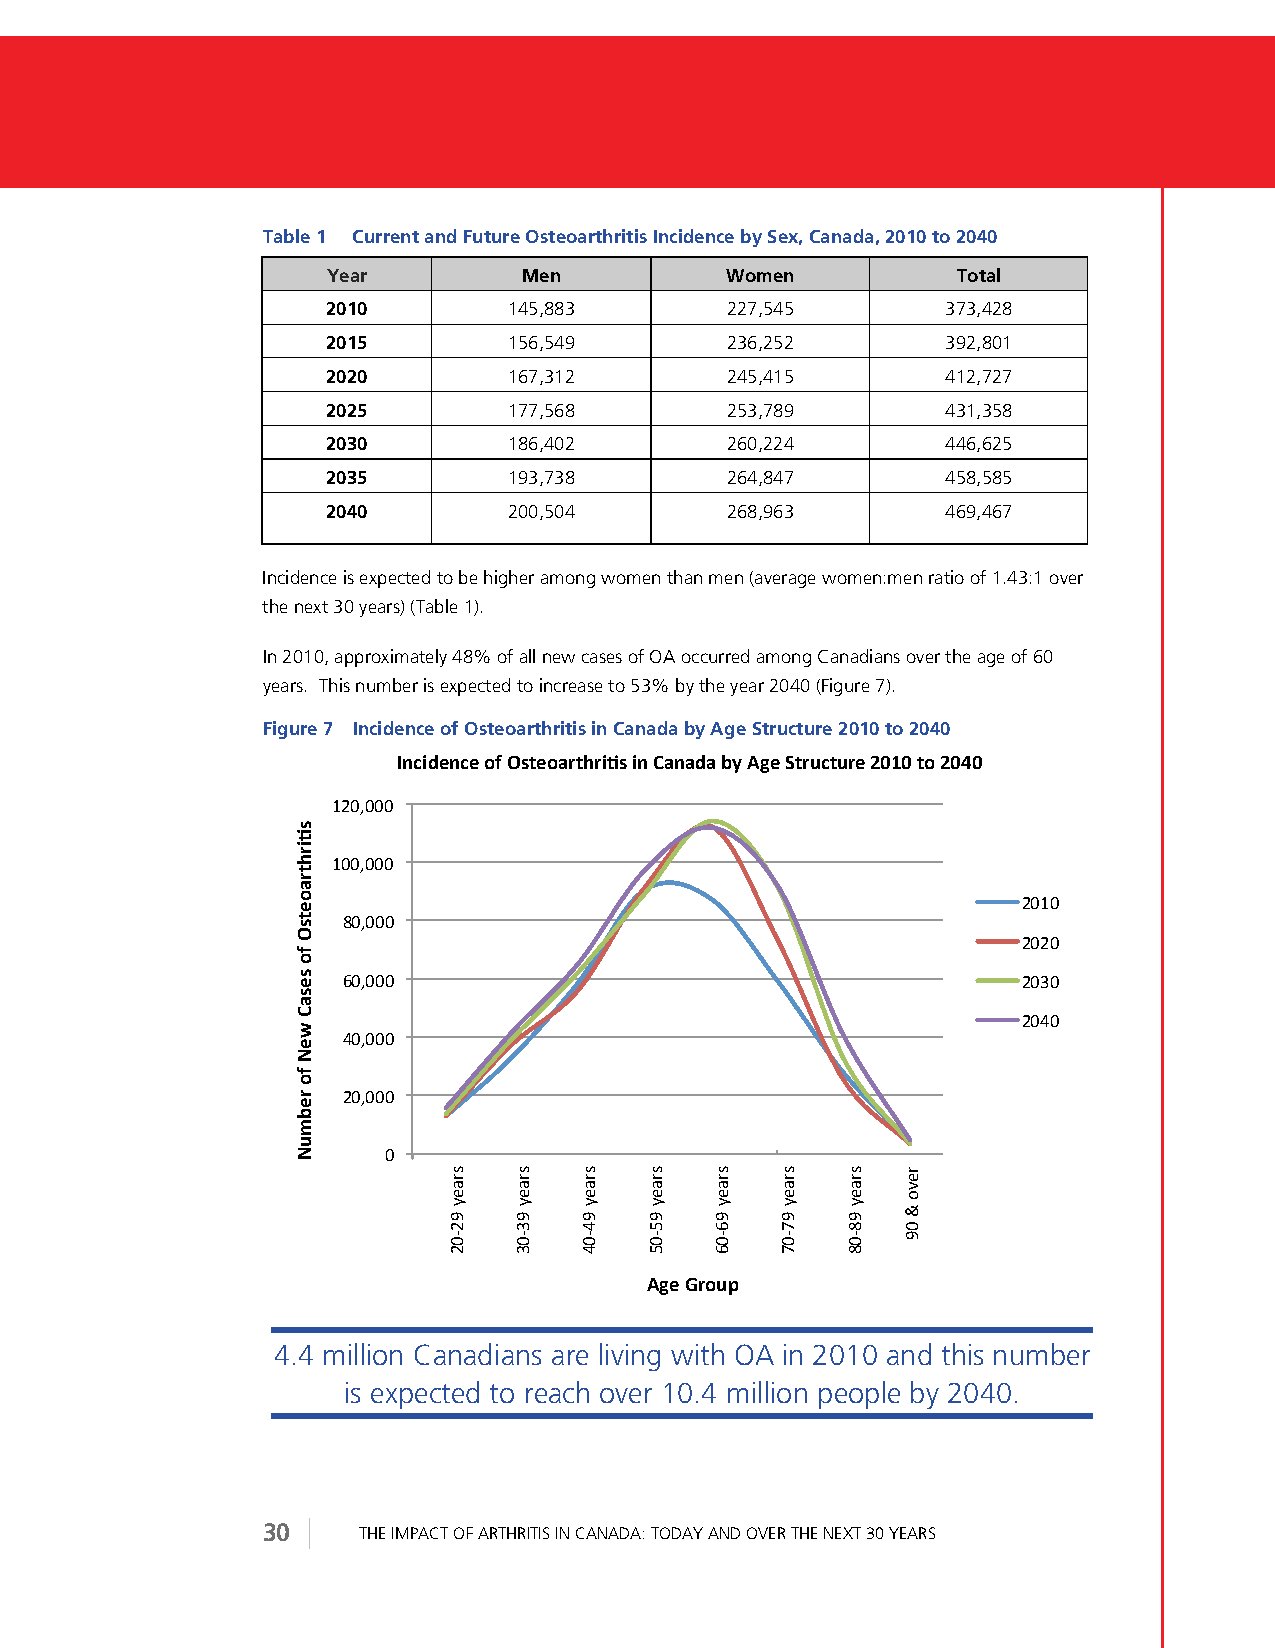
Table 1 Current and Future Osteoarthritis Incidence by Sex, Canada, 2010 to 2040
 Year         Men          Women          Total
 2010        145,883       227,545        373,428
 2015        156,549       236,252        392,801
 2020        167,312       245,415        412,727
 2025        177,568       253,789        431,358
 2030        186,402       260,224        446,625
 2035        193,738       264,847        458,585
 2040        200,504       268,963        469,467
 Incidence is expected to be higher among women than men (average women:men ratio of 1.43:1 over
 the next 30 years) (Table 1).
 In 2010, approximately 48% of all new cases of OA occurred among Canadians over the age of 60
 years. This number is expected to increase to 53% by the year 2040 (Figure 7).
 Figure 7 Incidence of Osteoarthritis in Canada by Age Structure 2010 to 2040
 7891:%89%'()'.-/%(,&/0&12-'18'+,8,:,'$;'34%'</&"9/"&%'=>?>'/('=>@>'
 (#!$!!!"
 (!!$!!!"
 #!(!"
 '!$!!!"
 #!#!"
 &!$!!!"                                      #!0!"
 #!%!"
 %!$!!!"
 #!$!!!"
 !"
 34%'5&("6'
 4.4 million Canadians are living with OA in 2010 and this number
 is expected to reach over 10.4 million people by 2040.
 30     THE IMPACT OF ARTHRITIS IN CANADA: TODAY AND OVER THE NEXT 30 YEARS
 '-21&0/&,(%/-.')('-%-,+'*%!')('&%$#"!
 "
 "/.-,+"*#)!#
 "
 "/.-,+"*0)!0
 "
 "/.-,+"*%)!%
 "
 "/.-,+"*1)!1
 "
 "/.-,+"*&)!&
 "
 "/.-,+"*2)!2
 "
 "/.-,+"*')!' ".,54"3"!*"